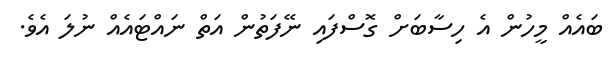
ބައެއް މީހުން އެ ހިސާބަށް ގޮސްފައި ނޭފަތުން އަތް ނައްޓައެއް ނުލަ އެވެ.